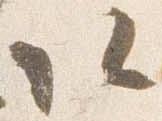
以